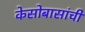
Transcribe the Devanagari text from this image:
केसोबासांची